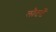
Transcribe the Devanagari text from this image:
लौटतें